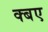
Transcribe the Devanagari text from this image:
क्बए